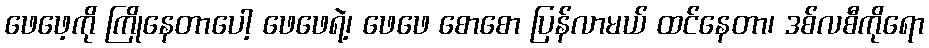
ဖေဖေ့ကို ကြိုနေတာပေါ့ ဖေဖေရဲ့၊ ဖေဖေ စောစော ပြန်လာမယ် ထင်နေတာ၊ ဒစ်လစီကိုရော